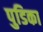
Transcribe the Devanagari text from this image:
पुडिका